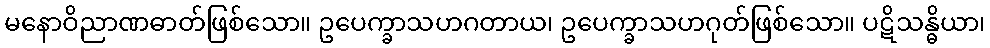
မနောဝိညာဏဓာတ်ဖြစ်သော။ ဥပေက္ခာသဟဂတာယ၊ ဥပေက္ခာသဟဂုတ်ဖြစ်သော။ ပဋိသန္ဓိယာ၊